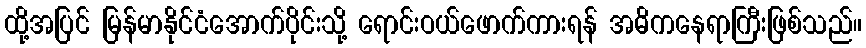
ထို့အပြင် မြန်မာနိုင်ငံအောက်ပိုင်းသို့ ရောင်းဝယ်ဖောက်ကားရန် အဓိကနေရာကြီးဖြစ်သည်။